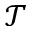
\mathcal { T }